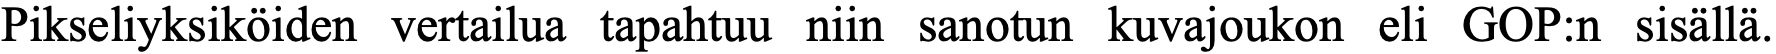
Pikseliyksiköiden vertailua tapahtuu niin sanotun kuvajoukon eli GOP:n sisällä.